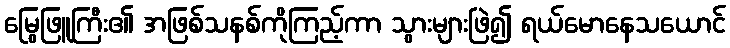
မြွေဖြူကြီး၏ အဖြစ်သနစ်ကိုကြည့်ကာ သွားများဖြဲ၍ ရယ်မောနေသယောင်